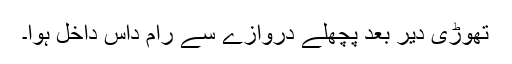
تھوڑی دیر بعد پچھلے دروازے سے رام داس داخل ہوا۔